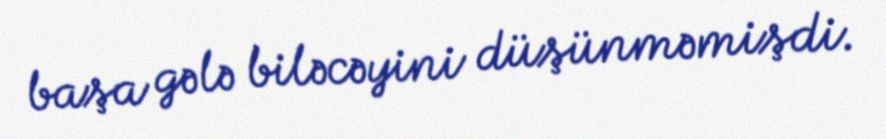
başa gələ biləcəyini düşünməmişdi.